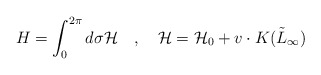
\begin{align*}H=\int_0^{2\pi} d\sigma {\cal H}\quad, \quad{\cal H} = {\cal H}_0 + v \cdot K(\tilde{L}_\infty)\end{align*}